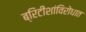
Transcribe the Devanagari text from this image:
ब्रिटीशांविरोधात